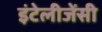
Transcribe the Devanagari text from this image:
इंटेलीजेंसी